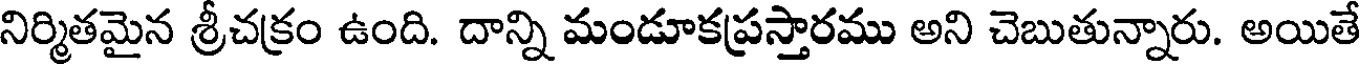
నిర్మితమైన శ్రీచక్రం ఉంది. దాన్ని మండూకప్రస్తారము అని చెబుతున్నారు. అయితే